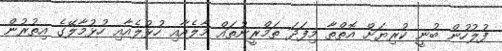
ފުލުހުން ބުނީ ކުރިޔަށް އޮތްތާ މިފަދަ ތަމްރީނުތައް މާލެއާއި ހުޅުލެއާއި ހުޅުމާލޭގެ އިތުރުން